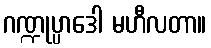
ဂဏ္ဍုပ္ပာဒေါ မဟီလတာ။